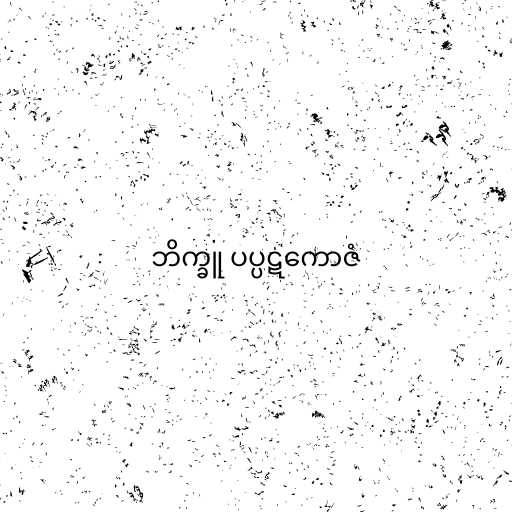
ဘိက္ခူ ပပ္ပဋကောဇံ